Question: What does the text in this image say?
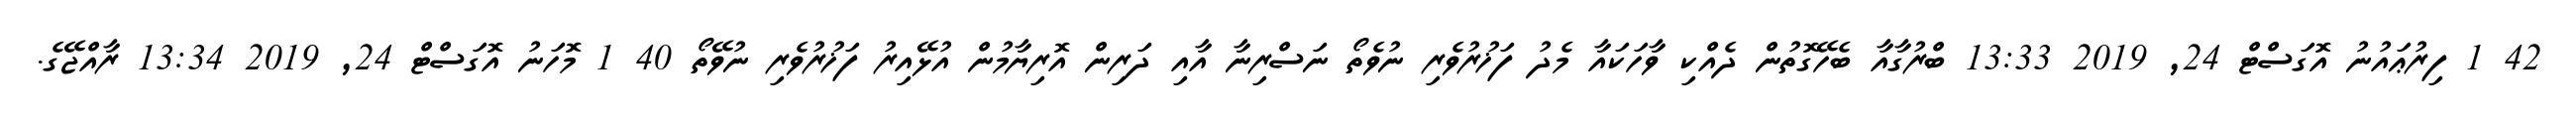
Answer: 42 1 ފިރުޢައުނު އޮގަސްޓް 24, 2019 13:33 ބްރުގާއާ ބެހޭގޮތުން ދެއްކި ވާހަކައާ މެދު ފަޚުރުވެރި ނުވެތޯ ނަސްރިނާ އާއި ދަރިން އޮރިޔާމުން އުޅޭއިރު ފަޚުރުވެރި ނުވޭތޯ 40 1 މޮހަނު އޮގަސްޓް 24, 2019 13:34 ރާއްޖޭގެ.